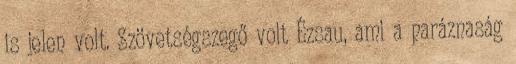
is jelen volt. Szövetségszegő volt Ézsau, ami a paráznaság